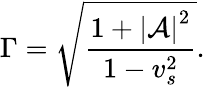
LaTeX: \Gamma={\sqrt{\frac{1+{\left|{\cal A}\right|}^{2}}{1-v_{s}^{2}}}}.